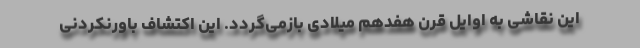
این نقاشی به اوایل قرن هفدهم میلادی بازمی‌گردد. این اکتشاف باورنکردنی